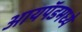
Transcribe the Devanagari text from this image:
आयपॅडमध्ये